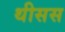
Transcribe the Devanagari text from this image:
थीसस